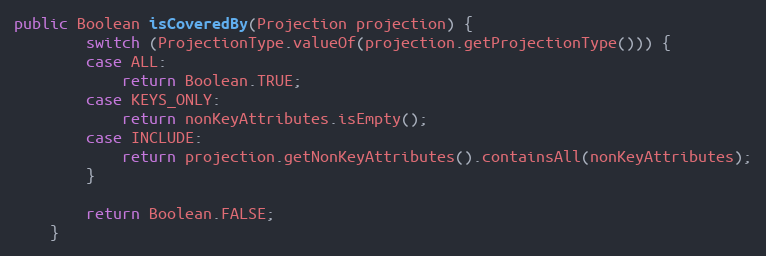
Language: Java
public Boolean isCoveredBy(Projection projection) {
        switch (ProjectionType.valueOf(projection.getProjectionType())) {
        case ALL:
            return Boolean.TRUE;
        case KEYS_ONLY:
            return nonKeyAttributes.isEmpty();
        case INCLUDE:
            return projection.getNonKeyAttributes().containsAll(nonKeyAttributes);
        }

        return Boolean.FALSE;
    }